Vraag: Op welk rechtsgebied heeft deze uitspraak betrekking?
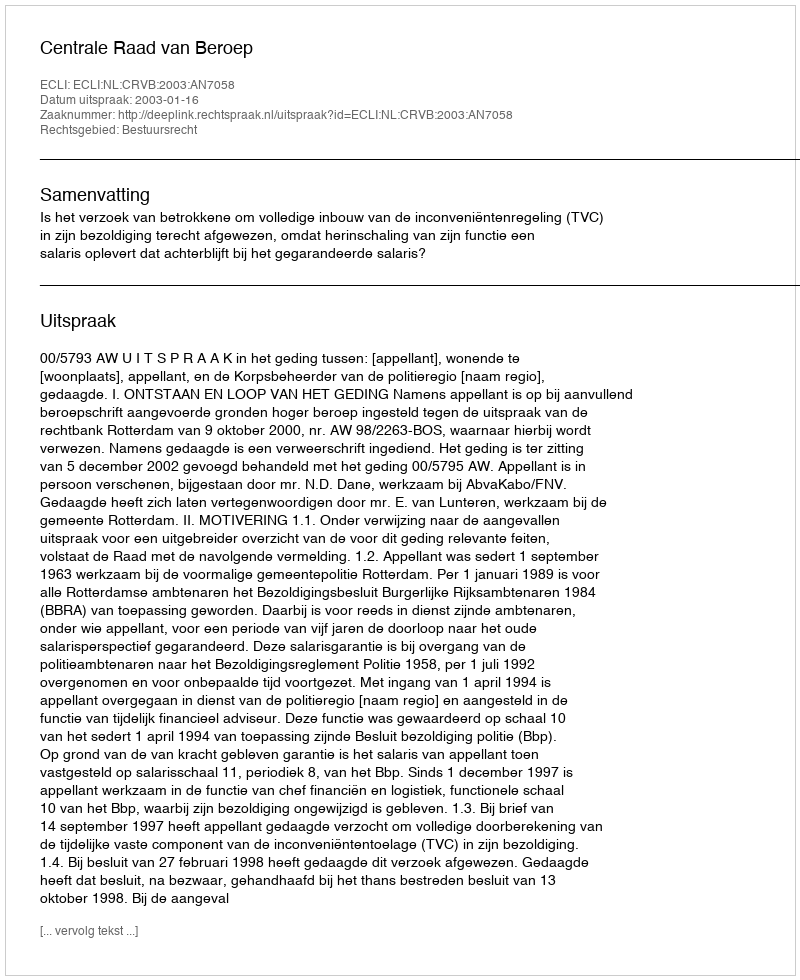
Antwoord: Bestuursrecht